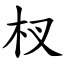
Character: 杈